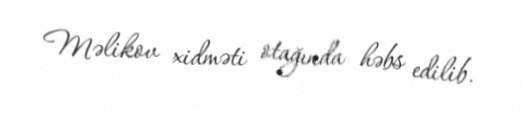
Məlikov xidməti otağında həbs edilib.